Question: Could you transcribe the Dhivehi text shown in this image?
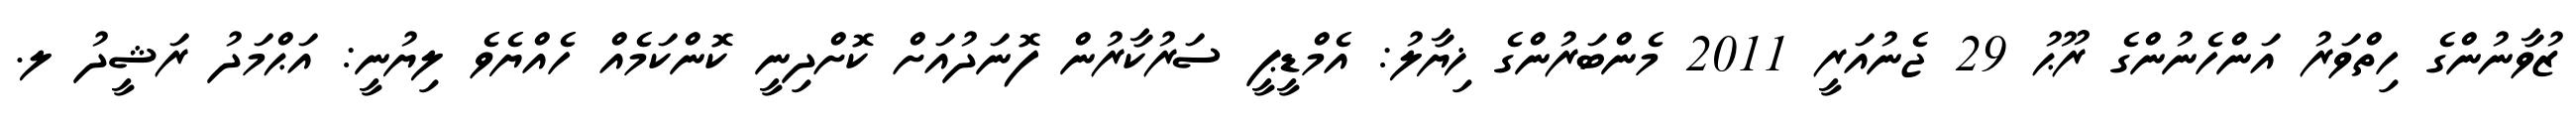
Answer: ޒުވާނުންގެ ހިތްވަރު އަންހެނުންގެ ރޫޙު 29 ޖެނުއަރީ 2011 މެންބަރުންގެ ޚިޔާލު: އެމްޑީޕީ ސަރުކާރުން ފޮނަދުއަށް ކޮށްދިނީ ކޮންކަމެއް ހެއްޔެވެ ލިޔުނީ: އަޙްމަދު ރަޝީދު ލ.